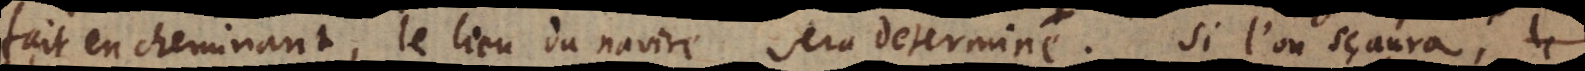
fait en cheminant, le lieu du navire sera determiné. Si l’on sçaura, le